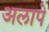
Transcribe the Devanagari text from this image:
अलापे